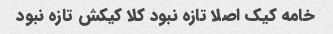
خامه کیک اصلا تازه نبود کلا کیکش تازه نبود